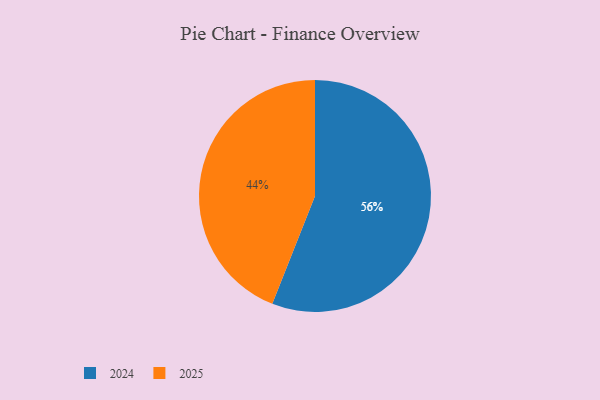
{"axis": {"x": "Category", "y": "Percentage"}, "legend": ["2024", "2025"], "data": [{"x": "2025", "y": 44, "type": "2025"}, {"x": "2024", "y": 56, "type": "2024"}]}